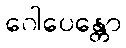
ဂေါပေန္တော